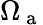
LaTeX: \Omega_{\mathrm{~a~}}